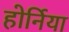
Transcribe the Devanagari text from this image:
होर्निया